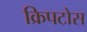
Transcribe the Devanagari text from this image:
क्रिपटोस